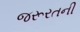
જરૂરતની